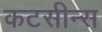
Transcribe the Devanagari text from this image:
कटसीन्स